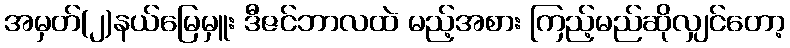
အမှတ်(၂)နယ်မြေမှူး ဒီဇင်ဘာလထဲ မည့်အစား ကြည့်မည်ဆိုလျှင်တော့